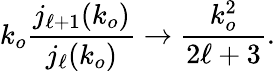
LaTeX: k_{o}\frac{j_{\ell+1}(k_{o})}{j_{\ell}(k_{o})}\rightarrow\frac{k_{o}^{2}}{2\ell+3}.